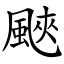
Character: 䬊